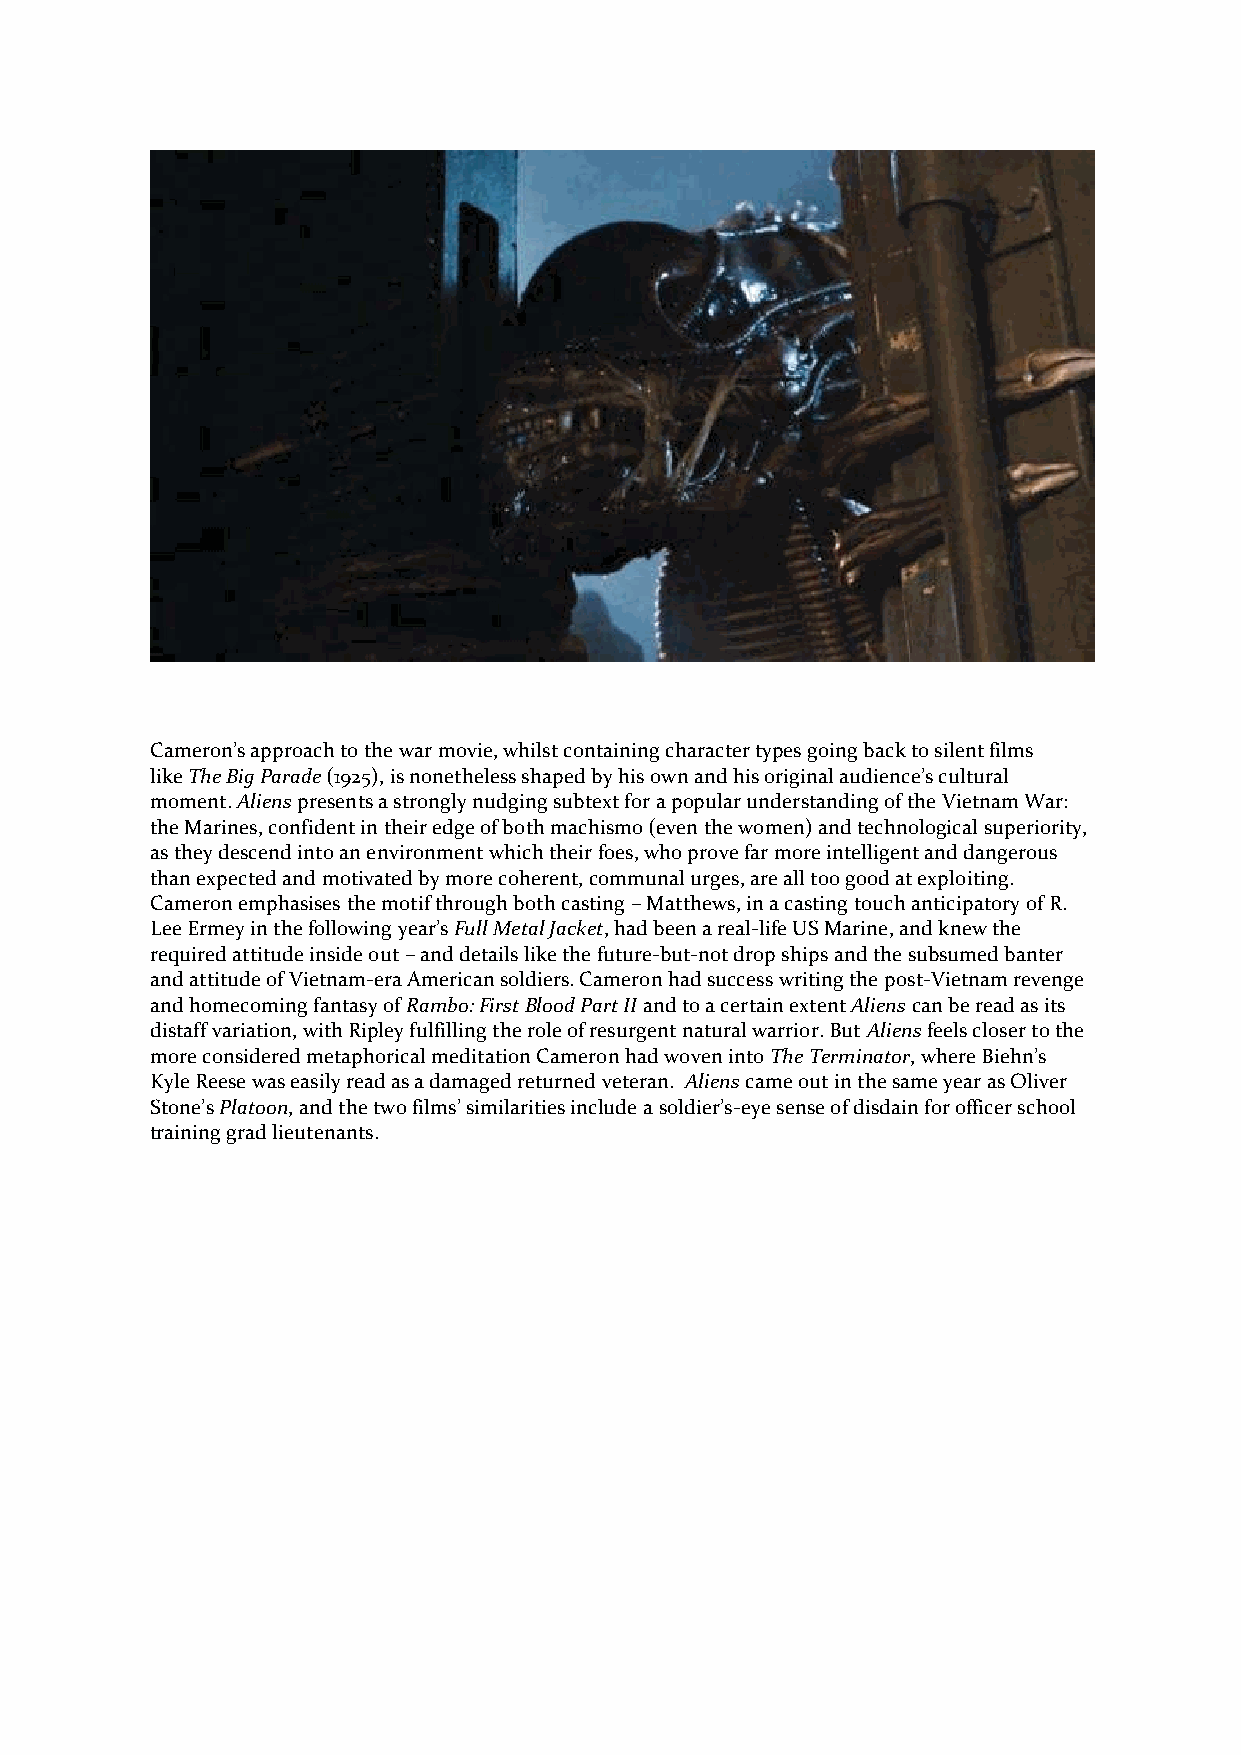
Cameron’s approach to the war movie, whilst containing character types going back to silent films
 like The Big Parade (1925), is nonetheless shaped by his own and his original audience’s cultural
 moment. Aliens presents a strongly nudging subtext for a popular understanding of the Vietnam War:
 the Marines, confident in their edge of both machismo (even the women) and technological superiority,
 as they descend into an environment which their foes, who prove far more intelligent and dangerous
 than expected and motivated by more coherent, communal urges, are all too good at exploiting.
 Cameron emphasises the motif through both casting – Matthews, in a casting touch anticipatory of R.
 Lee Ermey in the following year’s Full Metal Jacket, had been a real-life US Marine, and knew the
 required attitude inside out – and details like the future-but-not drop ships and the subsumed banter
 and attitude of Vietnam-era American soldiers. Cameron had success writing the post-Vietnam revenge
 and homecoming fantasy of Rambo: First Blood Part II and to a certain extent Aliens can be read as its
 distaff variation, with Ripley fulfilling the role of resurgent natural warrior. But Aliens feels closer to the
 more considered metaphorical meditation Cameron had woven into The Terminator, where Biehn’s
 Kyle Reese was easily read as a damaged returned veteran. Aliens came out in the same year as Oliver
 Stone’s Platoon, and the two films’ similarities include a soldier’s-eye sense of disdain for officer school
 training grad lieutenants.